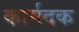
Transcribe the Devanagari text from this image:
कार्मदक